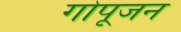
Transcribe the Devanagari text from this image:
गोपूजन